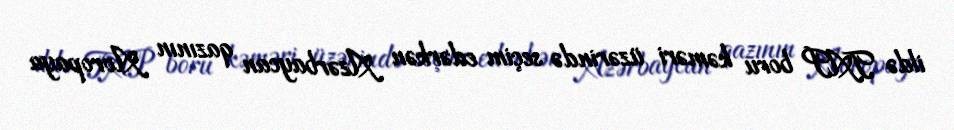
ildə TAP boru kəməri üzərində seçim edərkən Azərbaycan qazının Avropaya